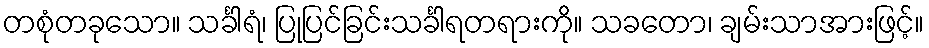
တစုံတခုသော။ သင်္ခါရံ၊ ပြုပြင်ခြင်းသင်္ခါရတရားကို။ သခတော၊ ချမ်းသာအားဖြင့်။